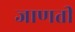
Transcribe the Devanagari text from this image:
जाणती